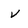
Character: V